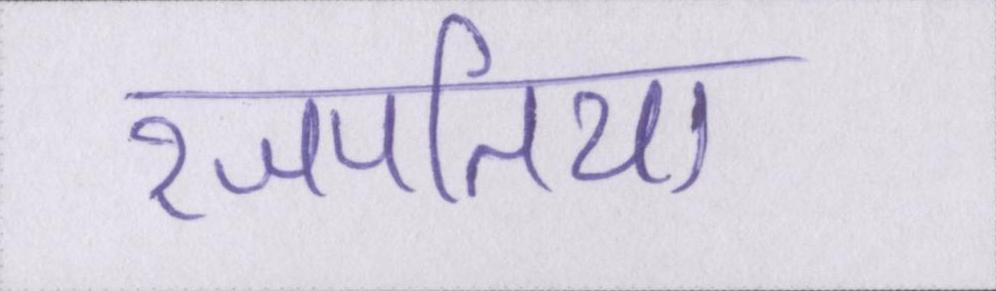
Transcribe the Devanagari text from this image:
रजपतिया